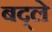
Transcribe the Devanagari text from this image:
बद्ले